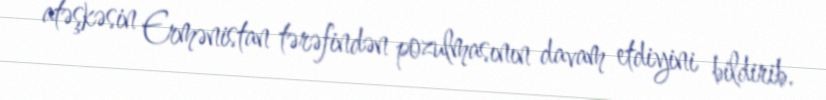
atəşkəsin Ermənistan tərəfindən pozulmasının davam etdiyini bildirib.